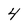
Character: 4